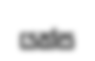
යක්ස